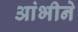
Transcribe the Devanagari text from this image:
आंभीने